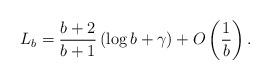
LaTeX: \begin{align*}L_b = \frac{b+2}{b+1}\left( \log b + \gamma\right) + O\left(\frac{1}{b}\right).\end{align*}